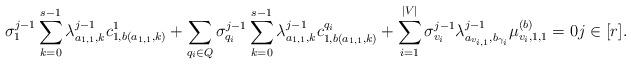
LaTeX: \begin{align*} \sigma_{1}^{j - 1} \sum_{k= 0}^{s - 1} \lambda_{a_{1, 1}, k}^{j - 1} c^{1}_{1, b(a_{1, 1}, k)} + \sum_{q_{i} \in Q} \sigma_{q_i}^{j - 1} \sum_{k= 0}^{s - 1} \lambda_{a_{1, 1}, k}^{j - 1} c^{q_i}_{1, b(a_{1, 1}, k)} + \sum_{i = 1}^{|V|} \sigma_{v_i}^{j - 1} \lambda_{a_{v_{i, 1}}, b_{\gamma_{i}}}^{j - 1} \mu_{v_i, 1, 1}^{(b)} = 0 j \in [r].\end{align*}